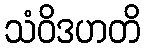
သံဝိဒဟတိ